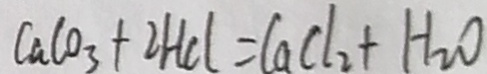
C a C O _ { 3 } + 2 H C l = C a C l _ { 2 } + H _ { 2 } O